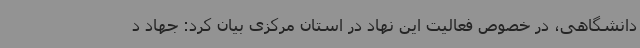
دانشگاهی، در خصوص فعالیت این نهاد در استان مرکزی بیان کرد: جهاد د